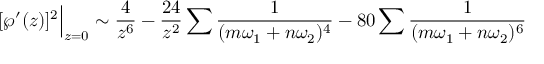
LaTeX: [ \wp ^ { \prime } ( z ) ] ^ { 2 } { \Big | } _ { z = 0 } \sim { \frac { 4 } { z ^ { 6 } } } - { \frac { 2 4 } { z ^ { 2 } } } \sum { \frac { 1 } { ( m \omega _ { 1 } + n \omega _ { 2 } ) ^ { 4 } } } - 8 0 \sum { \frac { 1 } { ( m \omega _ { 1 } + n \omega _ { 2 } ) ^ { 6 } } }